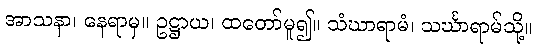
အာသနာ၊ နေရာမှ။ ဥဋ္ဌာယ၊ ထတော်မူ၍။ သံဃာရာမံ၊ သင်္ဃာရာမ်သို့။